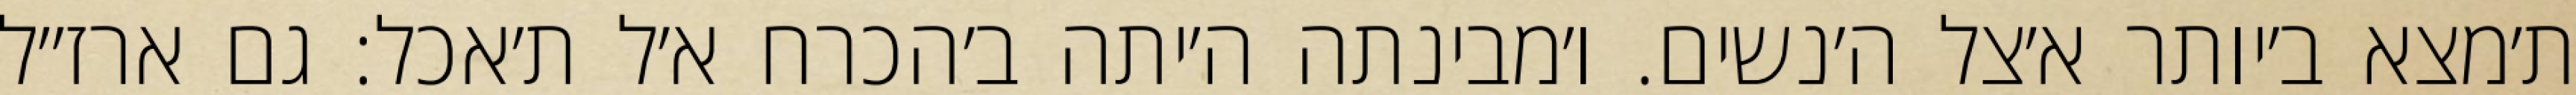
ת׳מצא ב׳יותר א׳צל ה׳נשים. ו׳מבינתה ה׳יתה ב׳הכרח א׳ל ת׳אכל: גם ארז״ל